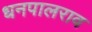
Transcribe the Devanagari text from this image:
धनपालराव